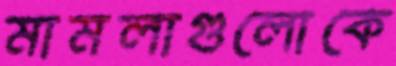
মামলাগুলোকে